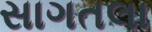
સાગતલા